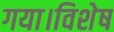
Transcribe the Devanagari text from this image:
गया।विशेष